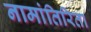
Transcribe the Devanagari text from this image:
नामांतिरिता